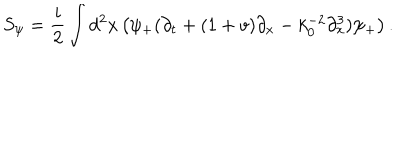
S _ { \psi } = \frac { i } { 2 } \int d ^ { 2 } x \left( \psi _ { + } ( \partial _ { t } + ( 1 + v ) \partial _ { x } - k _ { 0 } ^ { - 2 } \partial _ { x } ^ { 3 } ) \psi _ { + } \right) .